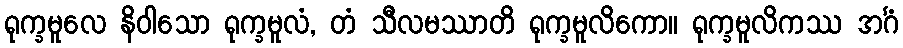
ရုက္ခမူလေ နိဝါသော ရုက္ခမူလံ, တံ သီလမဿာတိ ရုက္ခမူလိကော။ ရုက္ခမူလိကဿ အင်္ဂံ